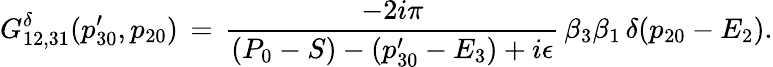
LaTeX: G_{12,31}^{\delta}(p_{30}^{\prime},p_{20})\, =\, {\frac{-2i\pi}{(P_{0}-S)-(p_{30}^{\prime}-E_{3})+i\epsilon}}\, \beta_{3}\beta_{1}\, \delta(p_{20}-E_{2}).